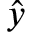
\hat { y }